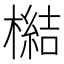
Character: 𣚬